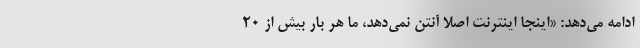
ادامه می‌دهد: «اینجا اینترنت اصلا آنتن نمی‌دهد، ما هر بار بیش از ۲۰